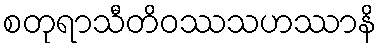
စတုရာသီတိဝဿသဟဿာနိ